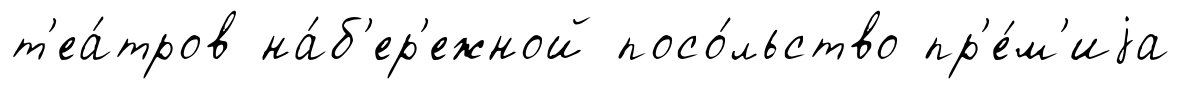
т'еа́тров на́б'ер'ежной посо́льство пр'е́м'иjа